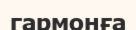
гармонға